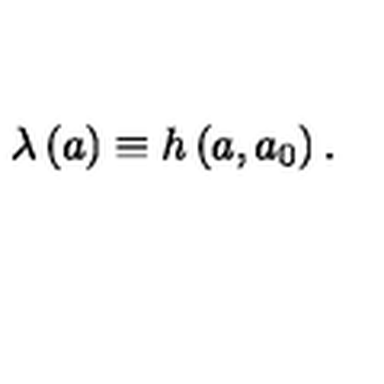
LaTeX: \lambda \left( a \right) \equiv h \left( a , a _ { 0 } \right) .